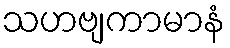
သဟဗျကာမာနံ